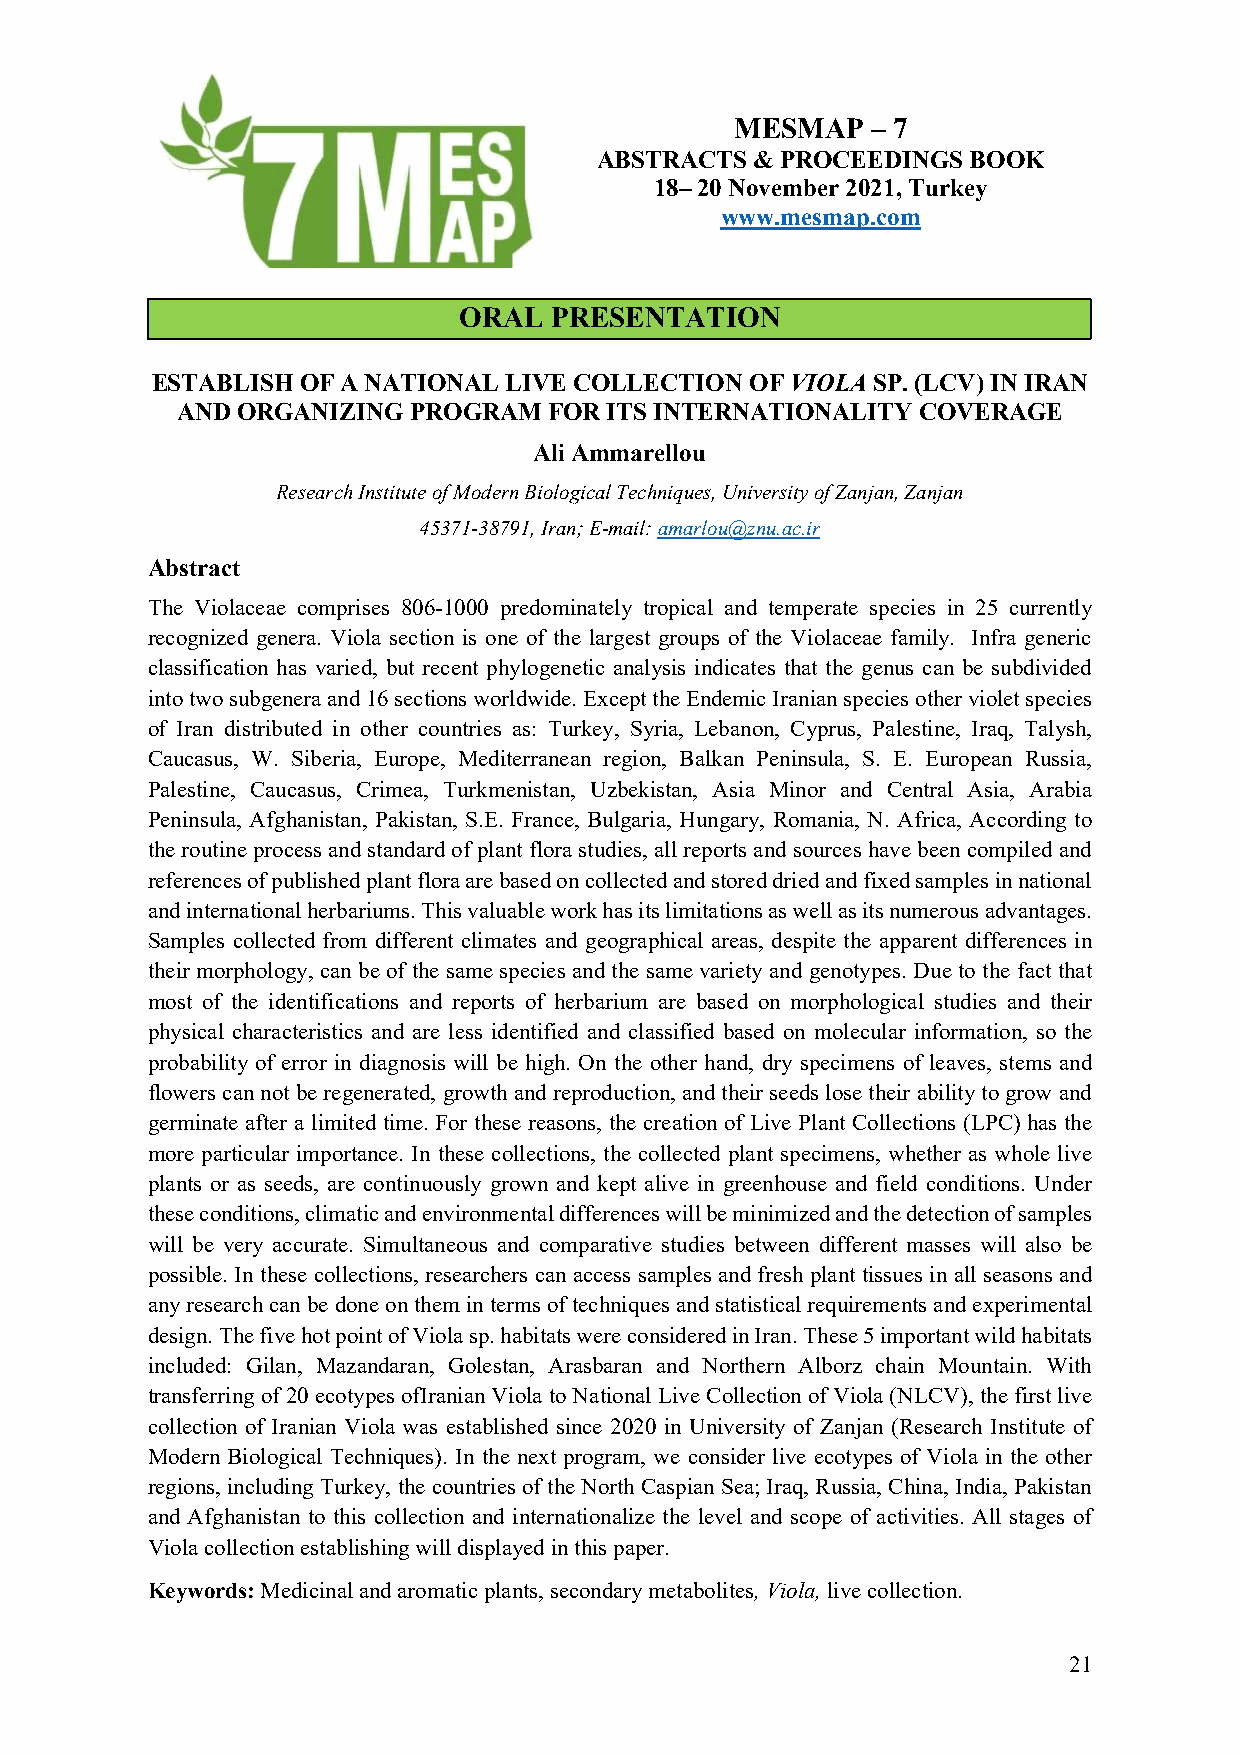
MESMAP   – 7
 ABSTRACTS  & PROCEEDINGS BOOK
 18– 20 November 2021, Turkey
 www.mesmap.com
 ORAL  PRESENTATION
 ESTABLISH OF A NATIONAL LIVE COLLECTION OF VIOLA SP. (LCV) IN IRAN
 AND ORGANIZING PROGRAM  FOR ITS INTERNATIONALITY COVERAGE
 Ali Ammarellou
 Research Institute of Modern Biological Techniques, University of Zanjan, Zanjan
 45371-38791, Iran; E-mail: amarlou@znu.ac.ir
 Abstract
 The Violaceae comprises 806-1000 predominately tropical and temperate species in 25 currently
 recognized genera. Viola section is one of the largest groups of the Violaceae family. Infra generic
 classification has varied, but recent phylogenetic analysis indicates that the genus can be subdivided
 into two subgenera and 16 sections worldwide. Except the Endemic Iranian species other violet species
 of Iran distributed in other countries as: Turkey, Syria, Lebanon, Cyprus, Palestine, Iraq, Talysh,
 Caucasus, W. Siberia, Europe, Mediterranean region, Balkan Peninsula, S. E. European Russia,
 Palestine, Caucasus, Crimea, Turkmenistan, Uzbekistan, Asia Minor and Central Asia, Arabia
 Peninsula, Afghanistan, Pakistan, S.E. France, Bulgaria, Hungary, Romania, N. Africa, According to
 the routine process and standard of plant flora studies, all reports and sources have been compiled and
 references of published plant flora are based on collected and stored dried and fixed samples in national
 and international herbariums. This valuable work has its limitations as well as its numerous advantages.
 Samples collected from different climates and geographical areas, despite the apparent differences in
 their morphology, can be of the same species and the same variety and genotypes. Due to the fact that
 most of the identifications and reports of herbarium are based on morphological studies and their
 physical characteristics and are less identified and classified based on molecular information, so the
 probability of error in diagnosis will be high. On the other hand, dry specimens of leaves, stems and
 flowers can not be regenerated, growth and reproduction, and their seeds lose their ability to grow and
 germinate after a limited time. For these reasons, the creation of Live Plant Collections (LPC) has the
 more particular importance. In these collections, the collected plant specimens, whether as whole live
 plants or as seeds, are continuously grown and kept alive in greenhouse and field conditions. Under
 these conditions, climatic and environmental differences will be minimized and the detection of samples
 will be very accurate. Simultaneous and comparative studies between different masses will also be
 possible. In these collections, researchers can access samples and fresh plant tissues in all seasons and
 any research can be done on them in terms of techniques and statistical requirements and experimental
 design. The five hot point of Viola sp. habitats were considered in Iran. These 5 important wild habitats
 included: Gilan, Mazandaran, Golestan, Arasbaran and Northern Alborz chain Mountain. With
 transferring of 20 ecotypes ofIranian Viola to National Live Collection of Viola (NLCV), the first live
 collection of Iranian Viola was established since 2020 in University of Zanjan (Research Institute of
 Modern Biological Techniques). In the next program, we consider live ecotypes of Viola in the other
 regions, including Turkey, the countries of the North Caspian Sea; Iraq, Russia, China, India, Pakistan
 and Afghanistan to this collection and internationalize the level and scope of activities. All stages of
 Viola collection establishing will displayed in this paper.
 Keywords: Medicinal and aromatic plants, secondary metabolites, Viola, live collection.
 21